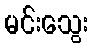
မင်းသွေး